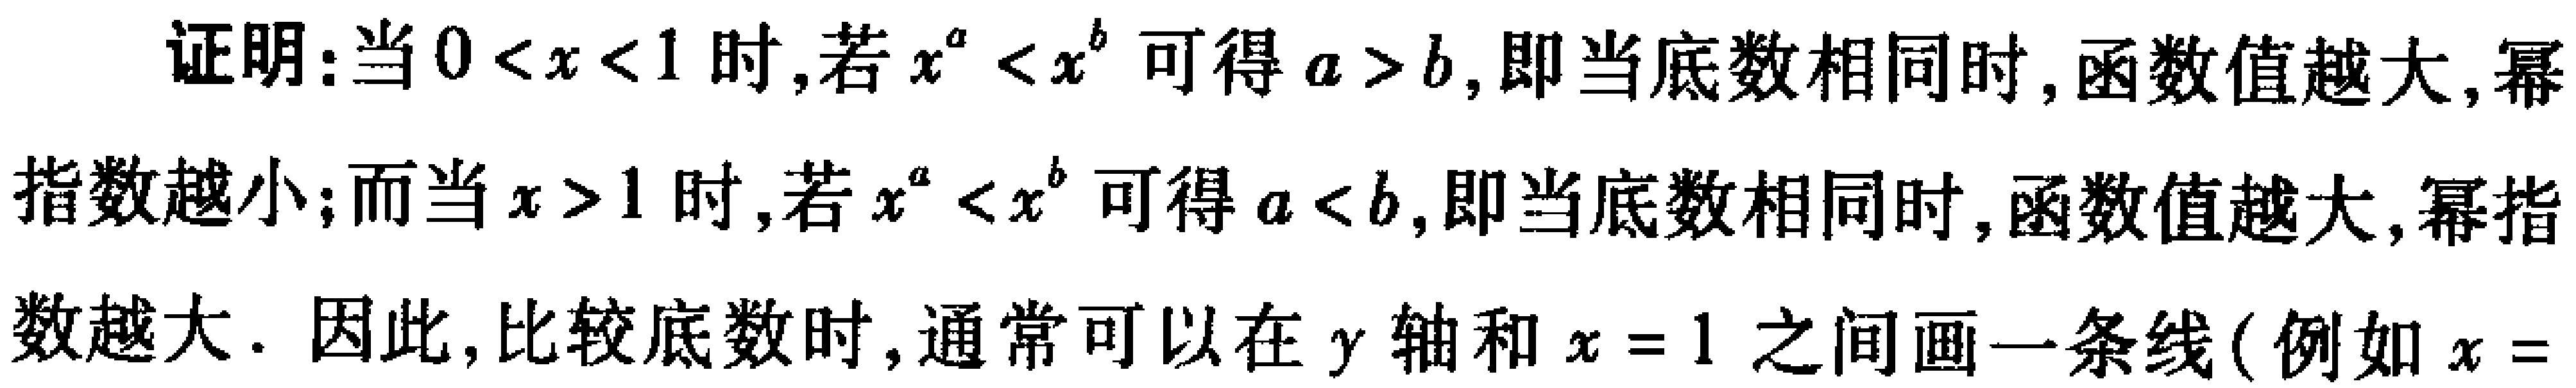
证明：当\(0 < x < 1\)时，若\(x^{a} < x^{b}\)可得\(a > b\)，即当底数相同时，函数值越大，幂指数越小；而当\(x > 1\)时，若\(x^{a} < x^{b}\)可得\(a < b\)，即当底数相同时，函数值越大，幂指数越大. 因此，比较底数时，通常可以在\(y\)轴和\(x = 1\)之间画一条线(例如\(x =\)